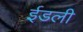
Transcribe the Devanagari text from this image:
ईडली